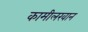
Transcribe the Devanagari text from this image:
कामीलखान